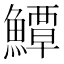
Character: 鱏